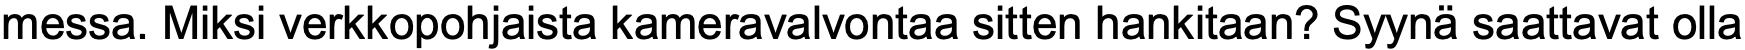
messa. Miksi verkkopohjaista kameravalvontaa sitten hankitaan? Syynä saattavat olla